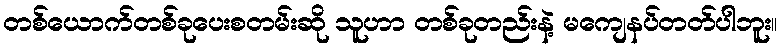
တစ်ယောက်တစ်ခုပေးစတမ်းဆို သူဟာ တစ်ခုတည်းနဲ့ မကျေနပ်တတ်ပါဘူး။